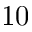
1 0